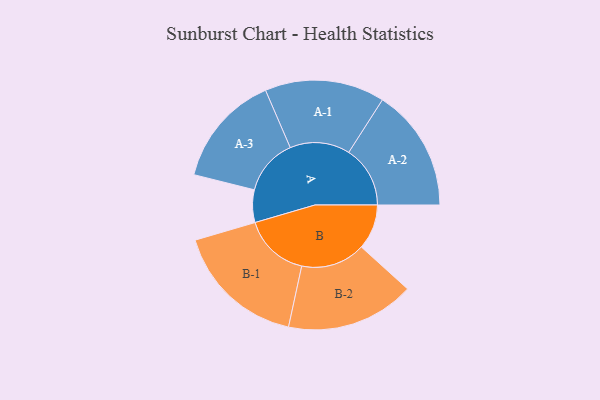
{"axis": {"x": "Segment", "y": "Value"}, "legend": ["", "A", "B"], "data": [{"x": "A", "y": 134, "type": ""}, {"x": "B", "y": 186, "type": ""}, {"x": "A-1", "y": 247, "type": "A"}, {"x": "A-2", "y": 253, "type": "A"}, {"x": "A-3", "y": 232, "type": "A"}, {"x": "B-1", "y": 271, "type": "B"}, {"x": "B-2", "y": 265, "type": "B"}]}